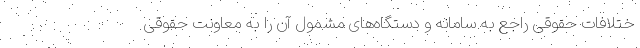
ختلافات حقوقی راجع به سامانه و دستگاه‌های مشمول آن را به معاونت حقوقی